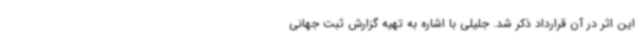
این اثر در آن قرارداد ذکر شد. جلیلی با اشاره به تهیه گزارش ثبت جهانی